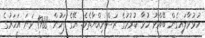
ހުޅުވާލައިގެން ބޭއްވު ހުވާ ކުރުމުގެ ރަސްމިއްޔާތެވެ. އޭގެ ފަހުން 1988 ވަނަ އަހަރުގެ